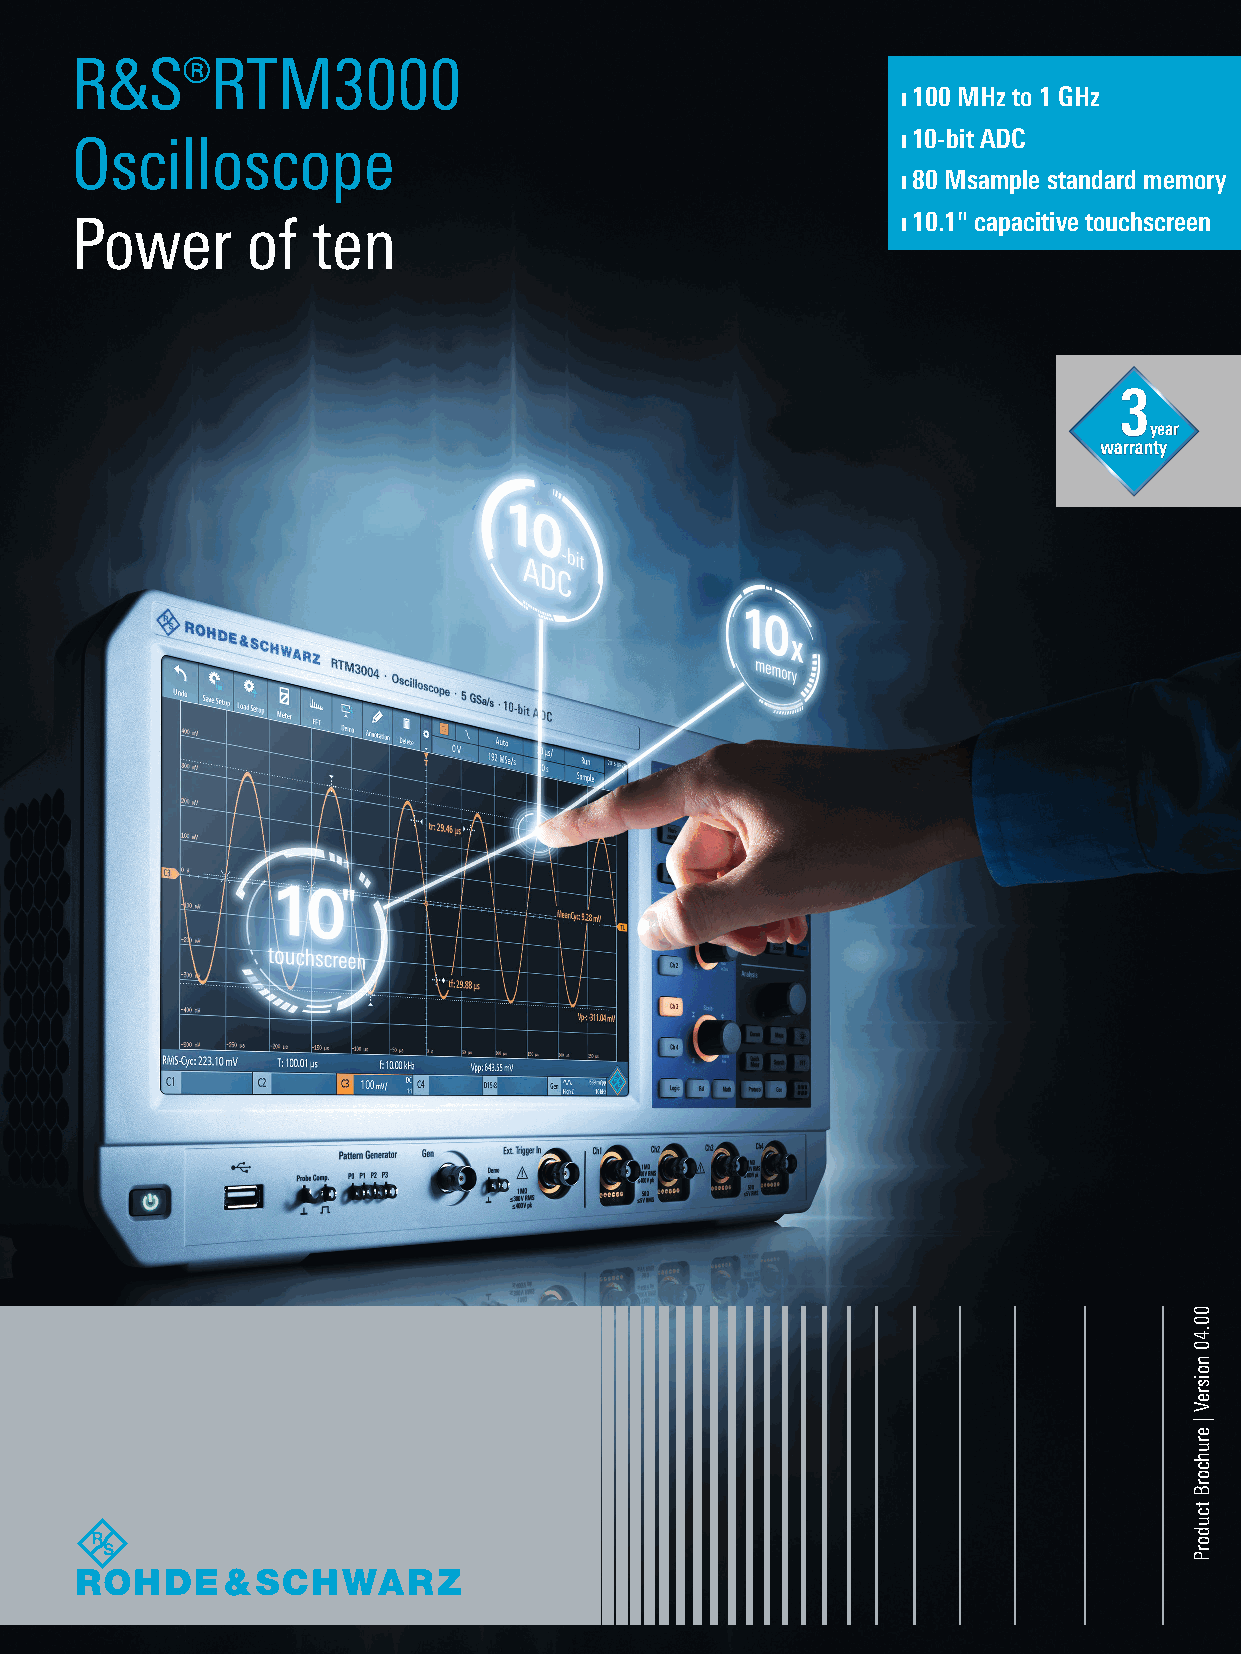
R&S®RTM3000
 ❙ 100 MHz to 1 GHz
 ❙ 10-bit ADC
 Oscilloscope
 ❙ 80 Msample standard memory
 Power      of   ten                                    ❙ 10.1" capacitive touchscreen
 year
 RTM3000_bro_en_5214-9144-12_v0400.indd 1                                11.01.2018 09:01:17
 00.40
 noisreV
 |
 eruhcorB
 tcudorP